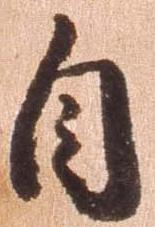
自